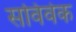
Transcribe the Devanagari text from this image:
सविवेक